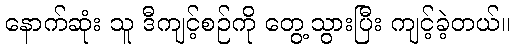
နောက်ဆုံး သူ ဒီကျင့်စဉ်ကို တွေ့သွားပြီး ကျင့်ခဲ့တယ်။